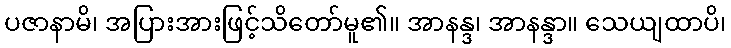
ပဇာနာမိ၊ အပြားအားဖြင့်သိတော်မူ၏။ အာနန္ဒ၊ အာနန္ဒာ။ သေယျထာပိ၊